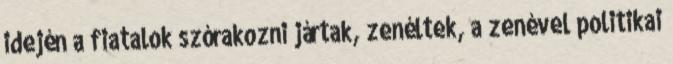
idején a fiatalok szórakozni jártak, zenéltek, a zenével politikai